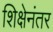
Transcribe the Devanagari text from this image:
शिक्षेनंतर